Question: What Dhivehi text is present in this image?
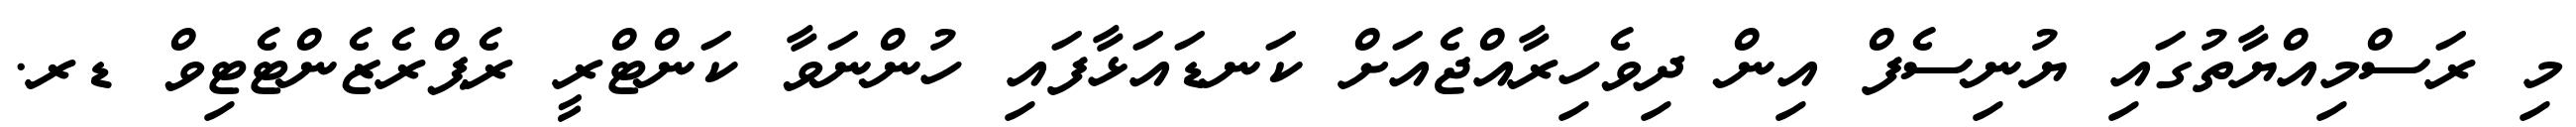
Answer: މި ރަސްމިއްޔާތުގައި ޔުނިސެފް އިން ދިވެހިރާއްޖެއަށް ކަނޑައަޅާފައި ހުންނަވާ ކަންޓްރީ ރެޕްރެޒެންޓެޓިވް ޑރ.